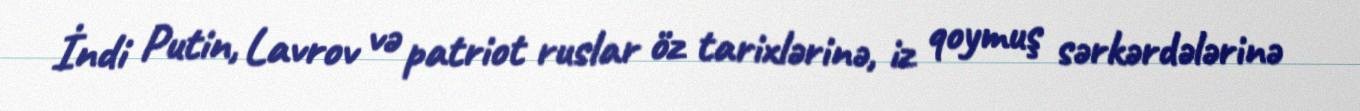
İndi Putin, Lavrov və patriot ruslar öz tarixlərinə, iz qoymuş sərkərdələrinə